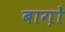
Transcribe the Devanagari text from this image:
बाग़ोे